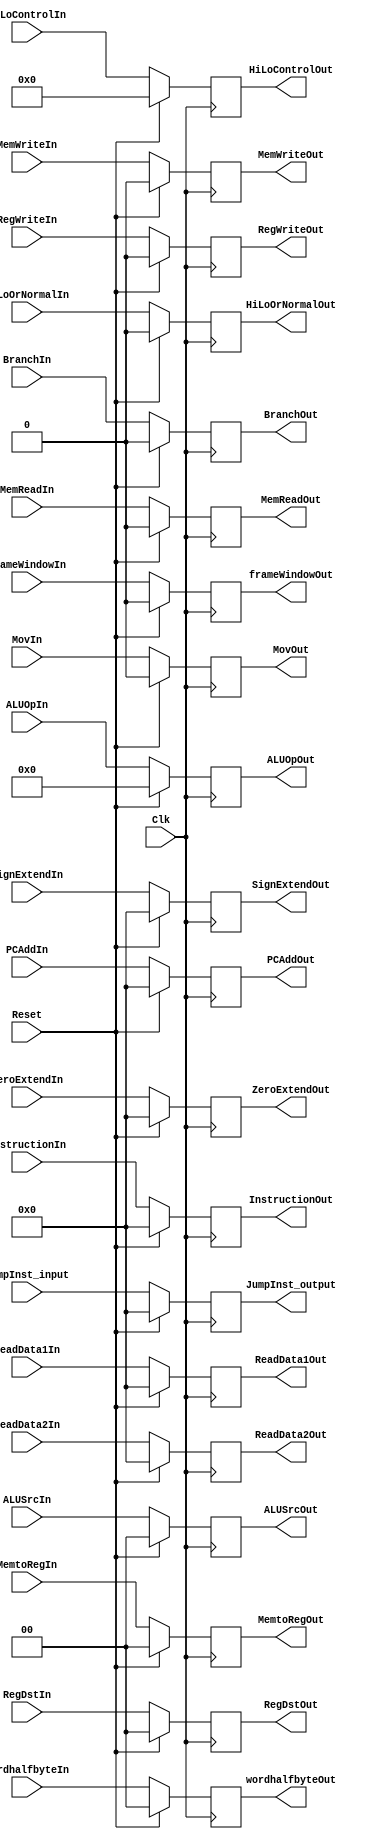
`timescale 1ns / 1ps
//////////////////////////////////////////////////////////////////////////////////
// Company: 
// Engineer: 
// 
// Design Name: 
// Module Name: RegIF_ID
// Project Name: 
// Target Devices: 
// Tool Versions: 
// Description: 
// 
// Dependencies: 
// 
// Revision:
// Revision 0.01 - File Created
// Additional Comments:
// 
//////////////////////////////////////////////////////////////////////////////////


module RegID_EX (
    Clk,
    Reset,
    InstructionIn,
    InstructionOut,
    RegWriteIn,
    RegWriteOut,
    RegDstIn,
    RegDstOut,
    ALUOpIn,
    ALUOpOut,
    ALUSrcIn,
    ALUSrcOut,
    BranchIn,
    BranchOut,
    MemWriteIn,
    MemWriteOut,
    MemReadIn,
    MemReadOut,
    MemtoRegIn,
    MemtoRegOut,
    HiLoControlIn,
    HiLoControlOut,
    MovIn,
    MovOut,
    wordhalfbyteIn,
    wordhalfbyteOut,
    PCAddIn,
    PCAddOut,
    ReadData1In,
    ReadData1Out,
    ReadData2In,
    ReadData2Out,
    ZeroExtendIn,
    ZeroExtendOut,
    SignExtendIn,
    SignExtendOut,
    JumpInst_input,
    JumpInst_output,
    HiLoOrNormalIn,
    HiLoOrNormalOut,
	frameWindowIn,
	frameWindowOut
);
  input Clk, Reset;
  input RegWriteIn, BranchIn, MemWriteIn, MemReadIn, MovIn, HiLoOrNormalIn, frameWindowIn;
  input [1:0] MemtoRegIn, wordhalfbyteIn, ALUSrcIn, RegDstIn;
  input [3:0] HiLoControlIn;
  input [5:0] ALUOpIn;
  input [31:0] InstructionIn, ZeroExtendIn, SignExtendIn, PCAddIn, ReadData1In, ReadData2In, JumpInst_input;


  output reg RegWriteOut, BranchOut, MemWriteOut, MemReadOut, MovOut, HiLoOrNormalOut, frameWindowOut;
  output reg [1:0] MemtoRegOut, wordhalfbyteOut, ALUSrcOut;
  output reg [1:0] RegDstOut;
  output reg [3:0] HiLoControlOut;
  output reg [5:0] ALUOpOut;
  output reg [31:0] InstructionOut, ZeroExtendOut, SignExtendOut, PCAddOut, ReadData1Out, ReadData2Out, JumpInst_output;

  always @(posedge Clk) begin
    if (Reset) begin
      RegWriteOut <= 1'b0;
      BranchOut <= 1'b0;
      MemWriteOut <= 1'b0;
      MemReadOut <= 1'b0;
      MovOut <= 1'b0;
      MemtoRegOut <= 2'b00;
      wordhalfbyteOut <= 2'b00;
      RegDstOut <= 2'b00;
      ALUSrcOut <= 2'b00;
      HiLoControlOut <= 4'd0;
      ALUOpOut <= 6'd0;
      InstructionOut <= 32'd0;
      ZeroExtendOut <= 32'd0;
      SignExtendOut <= 32'd0;
      PCAddOut <= 32'd0;
      ReadData1Out <= 32'd0;
      ReadData2Out <= 32'd0;
      JumpInst_output <= 32'd0;
      HiLoOrNormalOut <= 1'b0;
		frameWindowOut <= 1'b0;
    end else begin
      RegWriteOut <= RegWriteIn;
      BranchOut <= BranchIn;
      MemWriteOut <= MemWriteIn;
      MemReadOut <= MemReadIn;
      MovOut <= MovIn;
      MemtoRegOut <= MemtoRegIn;
      wordhalfbyteOut <= wordhalfbyteIn;
      RegDstOut <= RegDstIn;
      ALUSrcOut <= ALUSrcIn;
      HiLoControlOut <= HiLoControlIn;
      ALUOpOut <= ALUOpIn;
      InstructionOut <= InstructionIn;
      ZeroExtendOut <= ZeroExtendIn;
      SignExtendOut <= SignExtendIn;
      PCAddOut <= PCAddIn;
      ReadData1Out <= ReadData1In;
      ReadData2Out <= ReadData2In;
      JumpInst_output <= JumpInst_input;
      HiLoOrNormalOut <= HiLoOrNormalIn;
	  frameWindowOut <= frameWindowIn;
    end
  end
endmodule